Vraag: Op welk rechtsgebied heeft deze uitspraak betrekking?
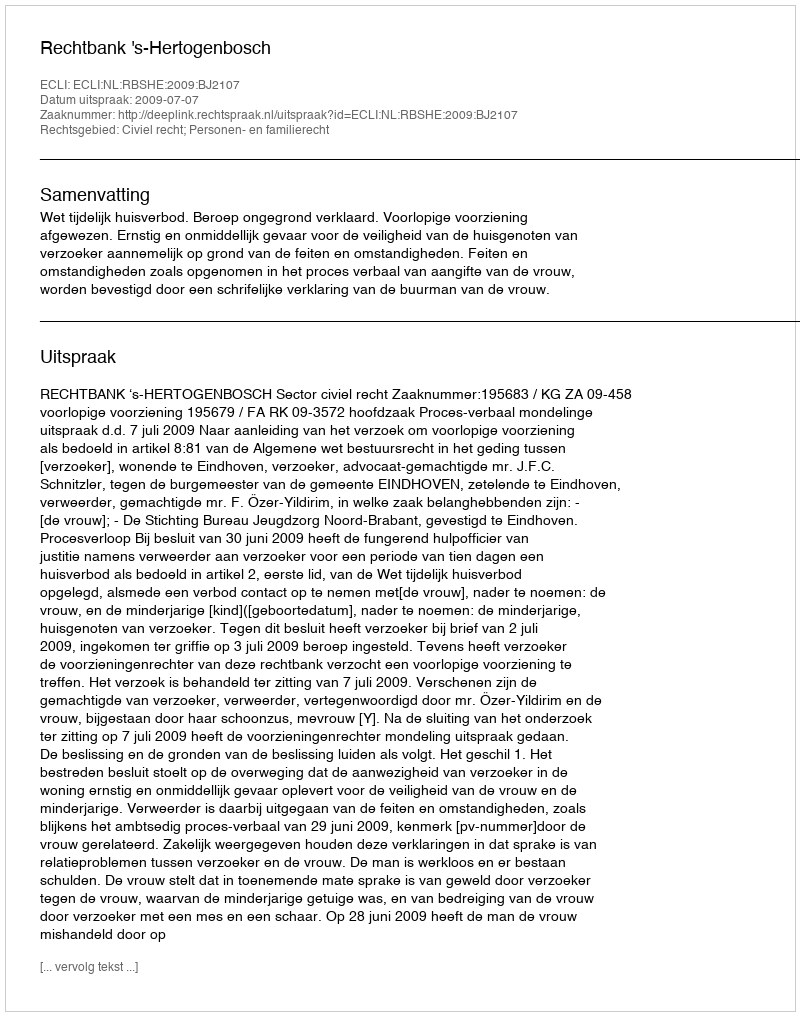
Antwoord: Civiel recht; Personen- en familierecht